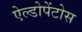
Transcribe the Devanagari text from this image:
ऐल्डोपेंटोस